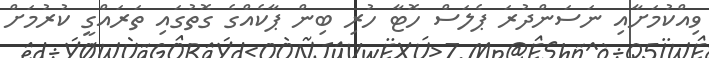
ވިއްކުމަށާއި ނަސަންދުރަ ޕެލަސް ހޮޓާ ހުރި ބިން ޕާކެއްގެ ގޮތުގައި ތަރައްގީ ކުރުމަށް